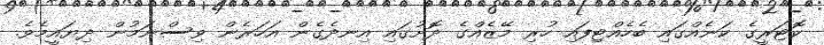
ކޮޓަރީގެ ކަނެއްގައި ބެހެއްޓިފައި ހުރި މޭޒެއްގެ ދޮށުގައި އިނދެގެން އަހަރެން ވިސްނަމުން ދިޔައީމެވެ.